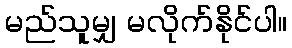
မည်သူမျှ မလိုက်နိုင်ပါ။